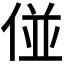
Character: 𠊧